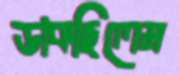
ডাকছিলেম